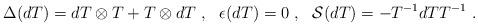
LaTeX: \begin{align*}\Delta (dT)=dT\otimes T+T\otimes dT~,{}~~\epsilon (dT)=0~,~~{\cal S}(dT)=-T^{-1}dTT^{-1}~. \end{align*}